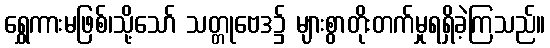
ရွှေကားမဖြစ်၊သို့သော် သတ္တုဗေဒ၌ များစွာတိုးတက်မှုရရှိခဲ့ကြသည်။